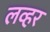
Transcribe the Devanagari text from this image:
लव्हर